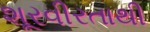
શૂરવીરતાથી